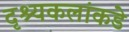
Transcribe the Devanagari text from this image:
दृश्यकलांकडे